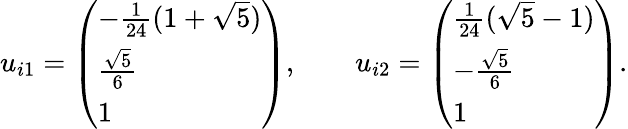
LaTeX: u_{i1}=\left(\begin{array}{l}{{-\frac{1}{24}(1+\sqrt{5})}}\\ {{\frac{\sqrt{5}}{6}}}\\ {{1}}\end{array}\right),\qquad u_{i2}=\left(\begin{array}{l}{{\frac{1}{24}(\sqrt{5}-1)}}\\ {{-\frac{\sqrt{5}}{6}}}\\ {{1}}\end{array}\right).